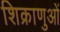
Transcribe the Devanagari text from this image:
शिक्राणुओं